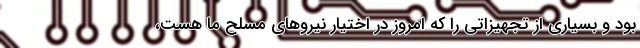
بود و بسیاری از تجهیزاتی را که امروز در اختیار نیروهای مسلح ما هست،